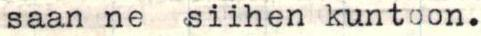
saan ne siihen kuntoon.